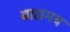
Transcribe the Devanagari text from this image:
वाद्यमय